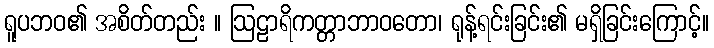
ရူပဘဝ၏ အစိတ်တည်း ။ ဩဠာရိကတ္တာဘာဝတော၊ ရုန့်ရင်းခြင်း၏ မရှိခြင်းကြောင့်။